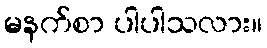
မနက်စာ ပါပါသလား။